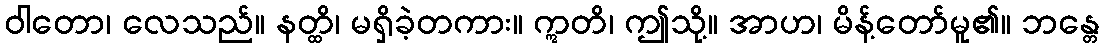
ဝါတော၊ လေသည်။ နတ္ထိ၊ မရှိခဲ့တကား။ ဣတိ၊ ဤသို့။ အာဟ၊ မိန့်တော်မူ၏။ ဘန္တေ